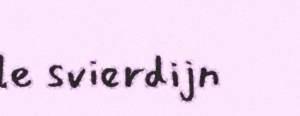
le svierdijn